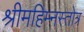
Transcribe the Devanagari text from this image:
श्रीमहिम्नस्तोत्र